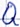
Text: Q